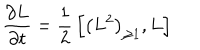
{ \frac { \partial L } { \partial t } } = { \frac { 1 } { 2 } } \left[ \left( L ^ { 2 } \right) _ { \geq 1 } , L \right]